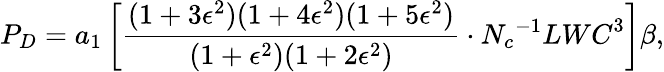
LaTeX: P_{D}=a_{1}\left[\frac{(1+3\epsilon^{2})(1+4\epsilon^{2})(1+5\epsilon^{2})}{(1+\epsilon^{2})(1+2\epsilon^{2})}\cdot{N_{c}}^{-1}{LWC}^{3}\right]\beta,